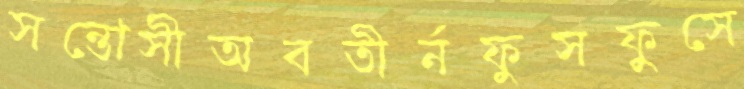
সন্তোসীঅবতীর্নফুসফুসে